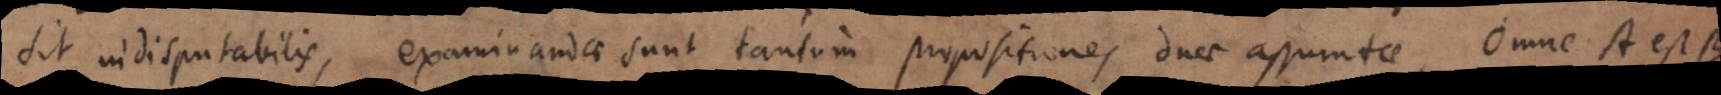
sit indisputabilis, examinandae sunt tantum propositiones duae assumtae, Omne A est B,